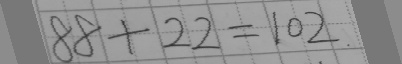
8 8 + 2 2 = 1 0 2 .